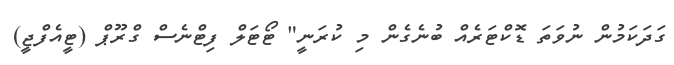
ގަދަކަމުން ނުވަތަ ޑޮކްޓަރެއް ބުނެގެން މި ކުރަނީ" ޓޯޓަލް ފިޓްނެސް ގްރޫޕް (ޓީއެފްޖީ)